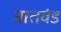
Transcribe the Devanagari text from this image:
नातवंड